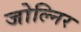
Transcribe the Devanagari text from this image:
जोल्निर